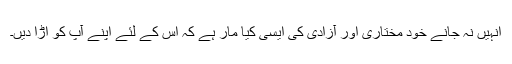
انہیں نہ جانے خود مختاری اور آزادی کی ایسی کیا مار ہے کہ اس کے لئے اپنے آپ کو اڑا دیں۔